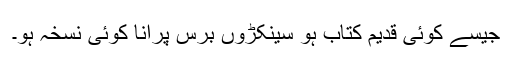
جیسے کوئی قدیم کتاب ہو سینکڑوں برس پرانا کوئی نسخہ ہو۔